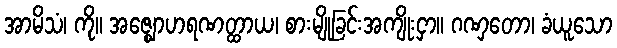
အာမိသံ၊ ကို။ အဇ္ဈောဟရဏတ္ထာယ၊ စားမျိုခြင်းအကျိုးငှာ။ ဂဏှတော၊ ခံယူသော